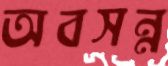
অবসন্ন